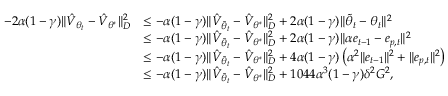
\begin{array} { r l } { - 2 \alpha ( 1 - \gamma ) \Vert \hat { V } _ { { \theta } _ { t } } - \hat { V } _ { \theta ^ { * } } \Vert _ { D } ^ { 2 } } & { \leq - \alpha ( 1 - \gamma ) \Vert \hat { V } _ { \tilde { \theta } _ { t } } - \hat { V } _ { \theta ^ { * } } \Vert _ { D } ^ { 2 } + 2 \alpha ( 1 - \gamma ) \Vert \tilde { \theta } _ { t } - \theta _ { t } \Vert ^ { 2 } } \\ & { \leq - \alpha ( 1 - \gamma ) \Vert \hat { V } _ { \tilde { \theta } _ { t } } - \hat { V } _ { \theta ^ { * } } \Vert _ { D } ^ { 2 } + 2 \alpha ( 1 - \gamma ) \Vert \alpha e _ { t - 1 } - e _ { p , t } \Vert ^ { 2 } } \\ & { \leq - \alpha ( 1 - \gamma ) \Vert \hat { V } _ { \tilde { \theta } _ { t } } - \hat { V } _ { \theta ^ { * } } \Vert _ { D } ^ { 2 } + 4 \alpha ( 1 - \gamma ) \left( \alpha ^ { 2 } \Vert e _ { t - 1 } \Vert ^ { 2 } + \Vert e _ { p , t } \Vert ^ { 2 } \right) } \\ & { \leq - \alpha ( 1 - \gamma ) \Vert \hat { V } _ { \tilde { \theta } _ { t } } - \hat { V } _ { \theta ^ { * } } \Vert _ { D } ^ { 2 } + 1 0 4 4 \alpha ^ { 3 } ( 1 - \gamma ) \delta ^ { 2 } G ^ { 2 } , } \end{array}